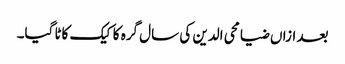
بعد ازاں ضیا محی الدین کی سال گرہ کا کیک کاٹا گیا۔